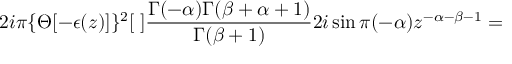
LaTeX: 2 i \pi \{ \Theta [ - \epsilon ( z ) ] \} ^ { 2 } [ \; ] \frac { \Gamma ( - \alpha ) \Gamma ( \beta + \alpha + 1 ) } { \Gamma ( \beta + 1 ) } 2 i \sin \pi ( - \alpha ) z ^ { - \alpha - \beta - 1 } =